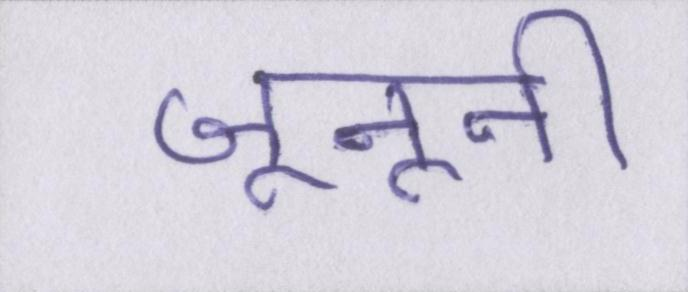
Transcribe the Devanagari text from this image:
जूनूनी